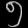
Digit: ၅